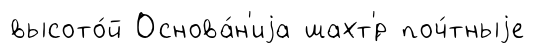
высото́й Основа́н'иjа шахт'́р поч́тныjе